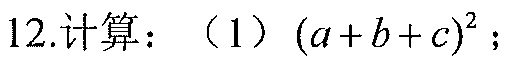
12.计算：（1）\((a + b + c)^{2}\)；